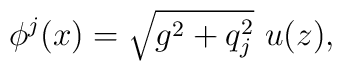
\phi^j(x)=\sqrt{g^2+q_j^2}\ u(z),